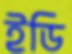
ইডি